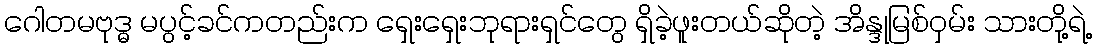
ဂေါတမဗုဒ္ဓ မပွင့်ခင်ကတည်းက ရှေးရှေးဘုရားရှင်တွေ ရှိခဲ့ဖူးတယ်ဆိုတဲ့ အိန္ဒုမြစ်ဝှမ်း သားတို့ရဲ့